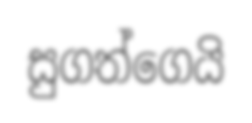
සුගත්ගෙයි